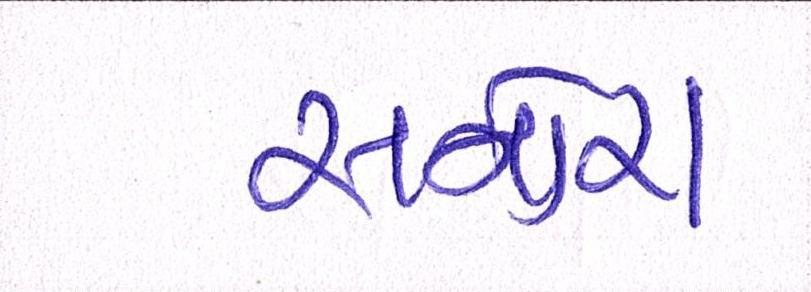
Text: સનોરા